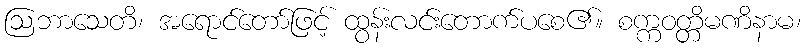
ဩဘာသေတိ၊ အရောင်တော်ဖြင့် ထွန်းလင်းတောက်ပစေ၏။ စက္ကဝတ္တိမဏိနာမ၊